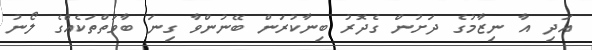
އަދި އާ ނިޒާމުގެ ދަށުން ގެދޮރު ބިނާކުރަން ބޭނުންވާ ގިނަ ބާވަތްތަކެއްގެ ލޯނު